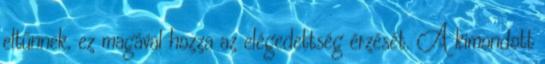
eltűnnek, ez magával hozza az elégedettség érzését. A kimondott